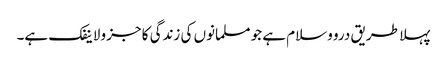
پہلا طریق درو وسلام ہے جو مسلمانوں کی زندگی کا جزو لاینفک ہے۔